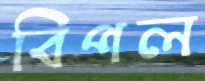
বিপল